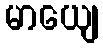
မာယျေ